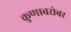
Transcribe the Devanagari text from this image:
कुणाबरोबर